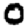
Digit: 0